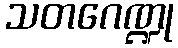
သတဂေဏ္ဍု